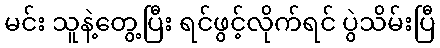
မင်း သူနဲ့တွေ့ပြီး ရင်ဖွင့်လိုက်ရင် ပွဲသိမ်းပြီ